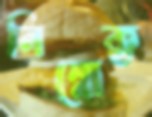
নিম্নোক্ত